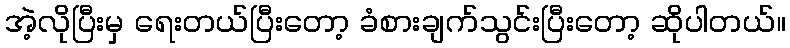
အဲ့လိုပြီးမှ ရေးတယ်ပြီးတော့ ခံစားချက်သွင်းပြီးတော့ ဆိုပါတယ်။